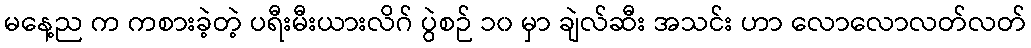
မနေ့ည က ကစားခဲ့တဲ့ ပရီးမီးယားလိဂ် ပွဲစဉ် ၁၀ မှာ ချဲလ်ဆီး အသင်း ဟာ လောလောလတ်လတ်